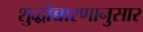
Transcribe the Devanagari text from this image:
शुद्धोच्चारणानुसार